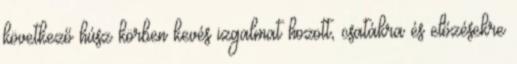
következő húsz körben kevés izgalmat hozott, csatákra és előzésekre